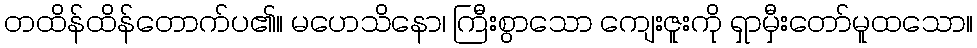
တထိန်ထိန်တောက်ပ၏။ မဟေသိနော၊ ကြီးစွာသော ကျေးဇူးကို ရှာမှီးတော်မူထသော။